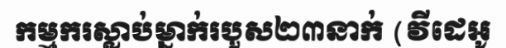
កម្មករស្លាប់ម្នាក់របួស២៣នាក់ (វីដេអូ